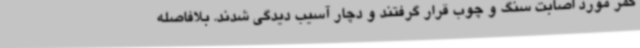
کمر مورد اصابت سنگ و چوب قرار گرفتند و دچار آسیب دیدگی شدند. بلافاصله